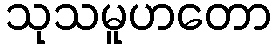
သုသမူဟတော